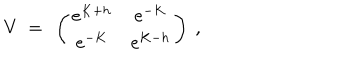
V \ = \ \left( \begin{array} { c c } { { e ^ { K + h } } } & { { e ^ { - K } } } \\ { { e ^ { - K } } } & { { e ^ { K - h } } } \\ \end{array} \right) \ ,